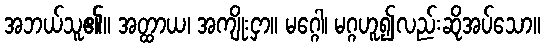
အဘယ်သူ၏။ အတ္ထာယ၊ အကျိုးငှာ။ မဂ္ဂေါ၊ မဂ္ဂဟူ၍လည်းဆိုအပ်သော။